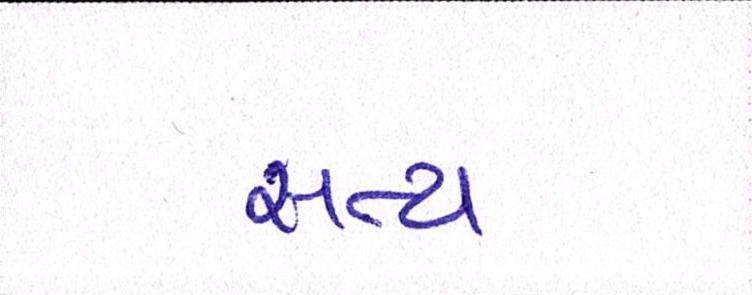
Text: સત્ય